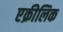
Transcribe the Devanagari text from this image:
एक्रीलिक